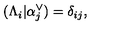
( \Lambda _ { i } | \alpha _ { j } ^ { \vee } ) = \delta _ { i j } ,